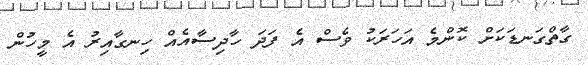
ގާތްގަނޑަކަށް ކޮންމެ އަހަރަކު ވެސް އެ ފަދަ ހާދިސާއެއް ހިނގާއިރު އެ މީހުން